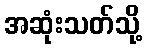
အဆုံးသတ်သို့